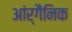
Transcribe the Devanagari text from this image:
आंर्गैनिक